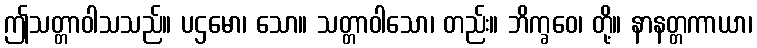
ဤသတ္တာဝါသသည်။ ပဌမော၊ သော။ သတ္တာဝါသော၊ တည်း။ ဘိက္ခဝေ၊ တို့။ နာနတ္တကာယာ၊